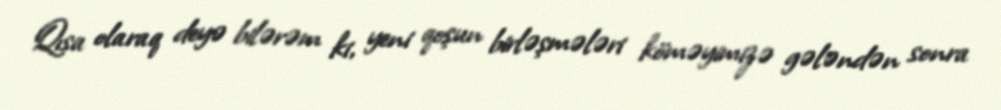
Qısa olaraq deyə bilərəm ki, yeni qoşun birləşmələri köməyimizə gələndən sonra